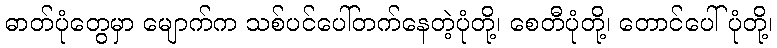
ဓာတ်ပုံတွေမှာ မျောက်က သစ်ပင်ပေါ်တက်နေတဲ့ပုံတို့၊ စေတီပုံတို့၊ တောင်ပေါ်ပုံတို့၊